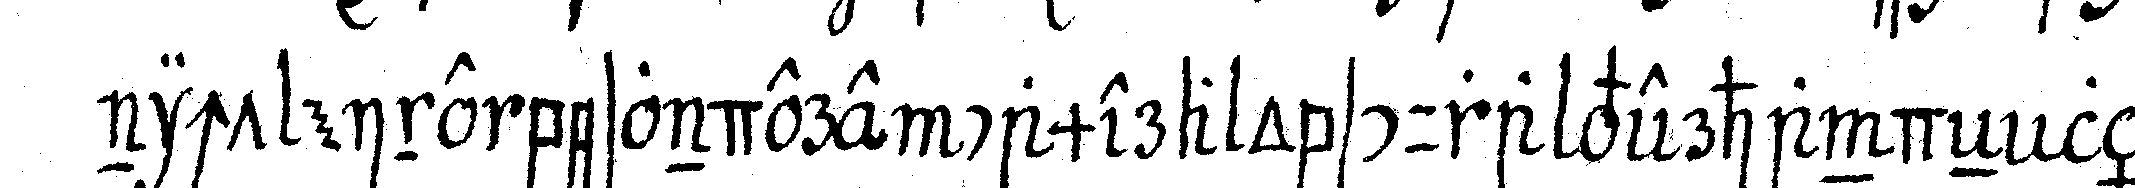
nicht eine besondere camera obscura verhandeN lässt